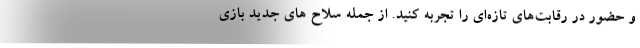
و حضور در رقابت‌های تازه‌ای را تجربه کنید. از جمله سلاح های جدید بازی